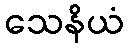
သေနိယံ